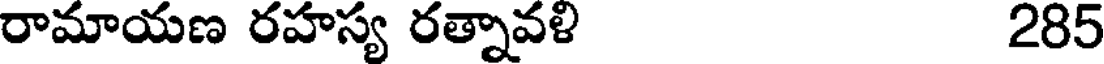
రామాయణ రహస్య రత్నావళి 285